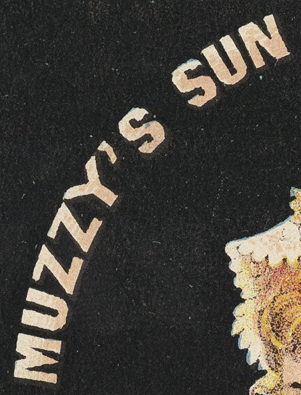
MUZZY'S SUN